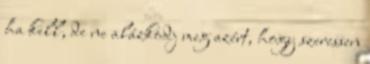
ha kell, de ne alázkodj meg azért, hogy szeressen